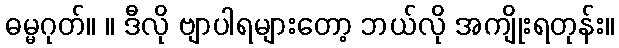
ဓမ္မဂုတ်။ ။ ဒီလို ဗျာပါရများတော့ ဘယ်လို အကျိုးရတုန်း။